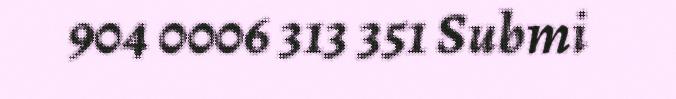
904 0006 313 351 Submi